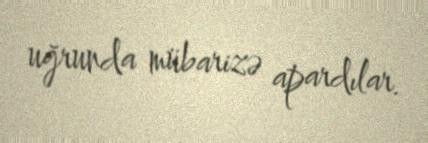
uğrunda mübarizə apardılar.